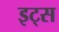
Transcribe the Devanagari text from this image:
इट्‍स